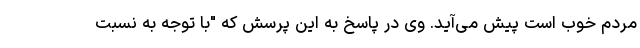
مردم خوب است پیش می‌آید. وی در پاسخ به این پرسش که "با توجه به نسبت